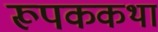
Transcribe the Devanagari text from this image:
रूपककथा